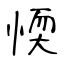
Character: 愞